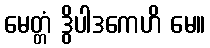
မေတ္တံ ဒွိပါဒကေဟိ မေ။